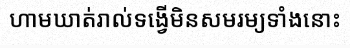
ហាមឃាត់រាល់ទង្វើមិនសមរម្យទាំងនោះ